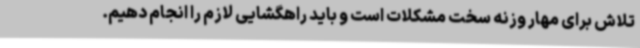
تلاش برای مهار وزنه سخت مشکلات است و باید راهگشایی لازم را انجام دهیم.